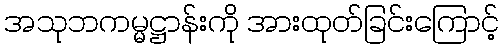
အသုဘကမ္မဋ္ဌာန်းကို အားထုတ်ခြင်းကြောင့်